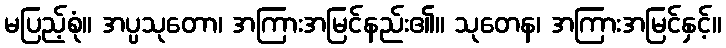
မပြည့်စုံ။ အပ္ပသုတော၊ အကြားအမြင်နည်း၏။ သုတေန၊ အကြားအမြင်နှင့်။